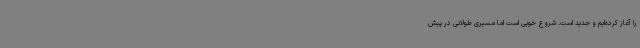
را آغاز کرده‌ایم و جدید است. شروع خوبی است اما مسیری طولانی در پیش